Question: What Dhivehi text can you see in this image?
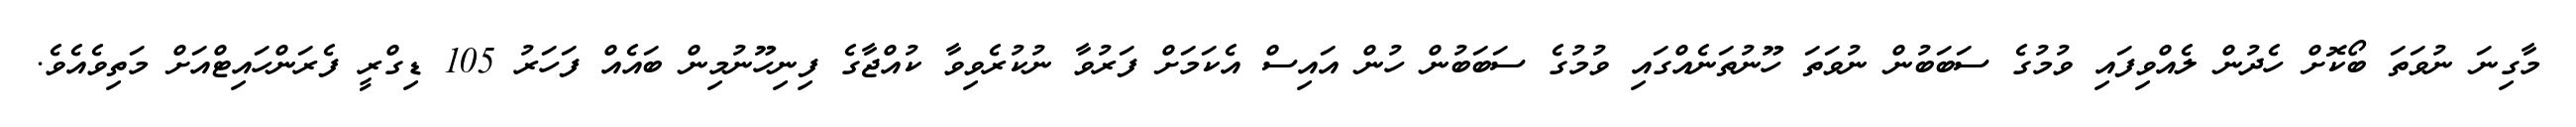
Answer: މާގިނަ ނުވަތަ ބޯކޮށް ހެދުން ލެއްވިފައި ވުމުގެ ސަބަބުން ނުވަތަ ހޫނުތަނެއްގައި ވުމުގެ ސަބަބުން ހުން އައިސް އެކަމަށް ފަރުވާ ނުކުރެވިވާ ކުއްޖާގެ ފިނިހޫނުމިން ބައެއް ފަހަރު 105 ޑިގްރީ ފެރަންހައިޓްއަށް މަތިވެއެވެ.